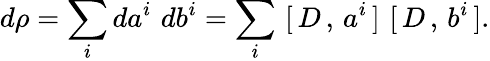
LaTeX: d\rho=\sum_{i}da^{i}\, \, db^{i}=\sum_{i}\, \, [\, D\, ,\, a^{i}\, ]\, \, [\, D\, ,\, b^{i}\, ].